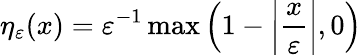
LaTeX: \eta_{\varepsilon}(x)=\varepsilon^{-1}\operatorname*{max}\left(1-\left|{\frac{x}{\varepsilon}}\right|,0\right)